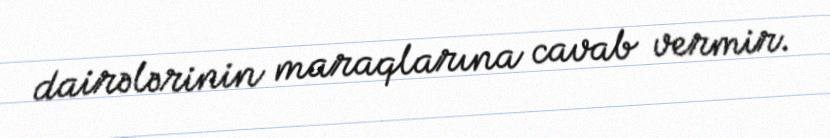
dairələrinin maraqlarına cavab vermir.